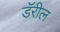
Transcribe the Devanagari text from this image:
डॅरील